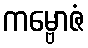
ကမ္ဗောဇံ